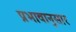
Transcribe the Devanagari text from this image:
प्रभावानुसार